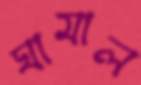
ঘামাল